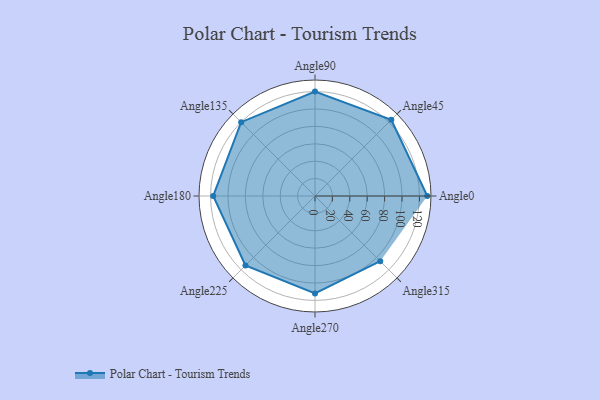
{"axis": {"x": "Angle", "y": "Radius"}, "legend": [""], "data": [{"x": "Angle0", "y": 129.0, "type": ""}, {"x": "Angle45", "y": 124.0, "type": ""}, {"x": "Angle90", "y": 120.0, "type": ""}, {"x": "Angle135", "y": 120.0, "type": ""}, {"x": "Angle180", "y": 117.0, "type": ""}, {"x": "Angle225", "y": 113.0, "type": ""}, {"x": "Angle270", "y": 112.0, "type": ""}, {"x": "Angle315", "y": 106.0, "type": ""}]}